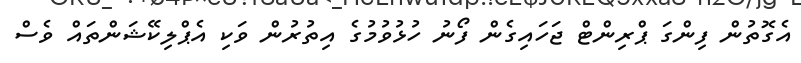
އެގޮތުން ފިންގަ ޕްރިންޓް ޖަހައިގެން ފޯނު ހުޅުވުމުގެ އިތުރުން ވަކި އެޕްލިކޭޝަންތައް ވެސް